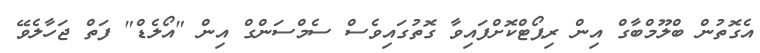
އެގޮތުން ބްލޫމްބާގް އިން ރިޕޯޓްކޮށްފައިވާ ގޮތުގައިވެސް ސެމްސަންގް އިން "އޯލެޑް" ފަތް ޖަހާލެވޭ